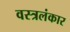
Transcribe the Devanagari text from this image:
वस्त्रलंकार